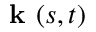
\textbf { k } ( s , t )